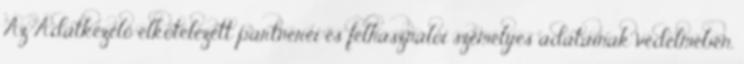
Az Adatkezelő elkötelezett partnerei és felhasználói személyes adatainak védelmében,